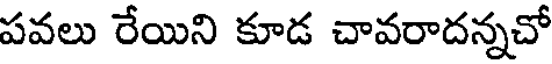
పవలు రేయిని కూడ చావరాదన్నచో